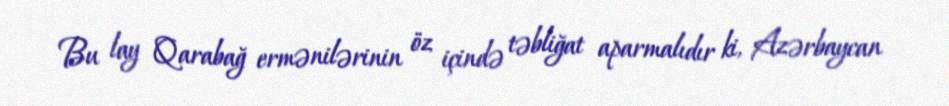
Bu lay Qarabağ ermənilərinin öz içində təbliğat aparmalıdır ki, Azərbaycan